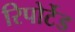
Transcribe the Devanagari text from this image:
रिपोर्टेड